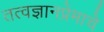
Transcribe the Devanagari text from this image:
तत्वज्ञानप्रेमाचे